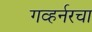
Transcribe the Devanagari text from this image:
गव्हर्नरचा